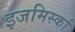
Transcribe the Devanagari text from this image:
इजमिर्स्का